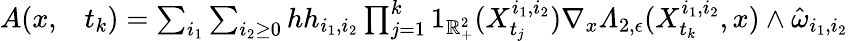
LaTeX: \begin{array}{rl}{A(x,}&{{}t_{k})=\sum_{i_{1}}\sum_{i_{2}\geq 0}hh_{i_{1},i_{2}}\prod_{j=1}^{k}1_{\mathbb{R}_{+}^{2}}(X_{t_{j}}^{i_{1},i_{2}})\nabla_{x}\varLambda_{2,\epsilon}(X_{t_{k}}^{i_{1},i_{2}},x)\wedge\hat{\omega}_{i_{1},i_{2}}}\end{array}